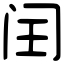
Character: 闰